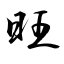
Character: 旺